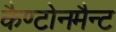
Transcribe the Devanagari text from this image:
कैण्टोनमैन्ट